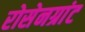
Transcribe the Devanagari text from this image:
रोसेनग्रांट